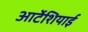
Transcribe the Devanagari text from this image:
आर्टेशियाई